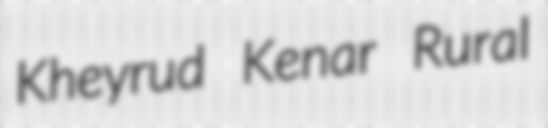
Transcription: Kheyrud Kenar Rural